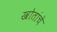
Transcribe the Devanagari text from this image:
खोतांचे